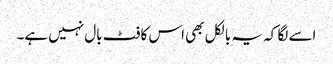
اسے لگا کہ یہ بالکل بھی اس کا فٹ بال نہیں ہے۔